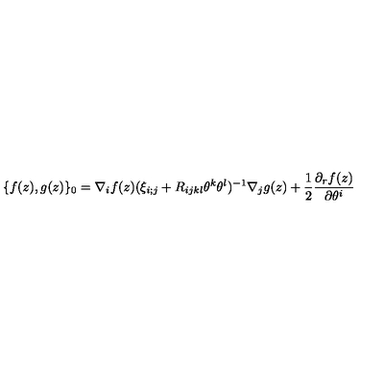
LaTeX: \{ f ( z ) , g ( z ) \} _ { 0 } = \nabla _ { i } f ( z ) ( \xi _ { i ; j } + R _ { i j k l } \theta ^ { k } \theta ^ { l } ) ^ { - 1 } \nabla _ { j } g ( z ) + \frac 1 2 \frac { \partial _ { r } f ( z ) } { \partial \theta ^ { i } }